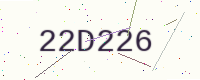
Text: 22D226